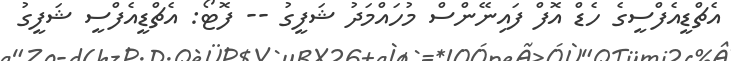
އެޗްޑީއެފްސީގެ ހެޑް އޮފް ފައިނޭންސް މުހައްމަދު ޝަފީގު -- ފޮޓޯ: އެޗްޑީއެފްސީ ޝަފީގު